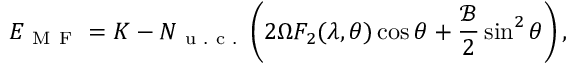
E _ { \mathrm { ~ M ~ F ~ } } = K - N _ { \mathrm { ~ u ~ . ~ c ~ . ~ } } \left( 2 \Omega F _ { 2 } ( \lambda , \theta ) \cos \theta + \frac { \mathcal { B } } { 2 } \sin ^ { 2 } \theta \right) ,